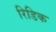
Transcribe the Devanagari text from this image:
रिडिक